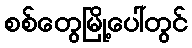
စစ်တွေမြို့ပေါ်တွင်